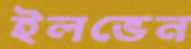
ইলভেন